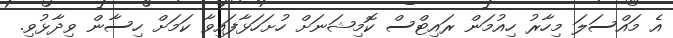
އެ މައްސަލަ މިހާރު ހިއުމަން ރައިޓްސް ކޮމިޝަނަށް ހުށަހަޅާފައިވާ ކަމަށް ހިސާން ވިދާޅުވި.